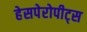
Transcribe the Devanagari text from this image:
हेसपेरोपीट्स